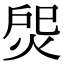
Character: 焈